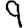
Digit: 9